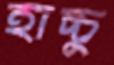
হাচ্চু